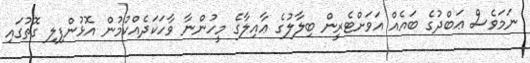
ނަމަވެސް ޢަބްދުގެ ބައެއް އަވަށްޓެރީން ބިލާލުގެ ޢާއިލާގެ މީހުންނާ ވާހަކަދެއްކުމުން އޮޅުންފިލި ގޮތުގައި